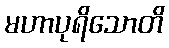
မဟာပုရိသောတိ